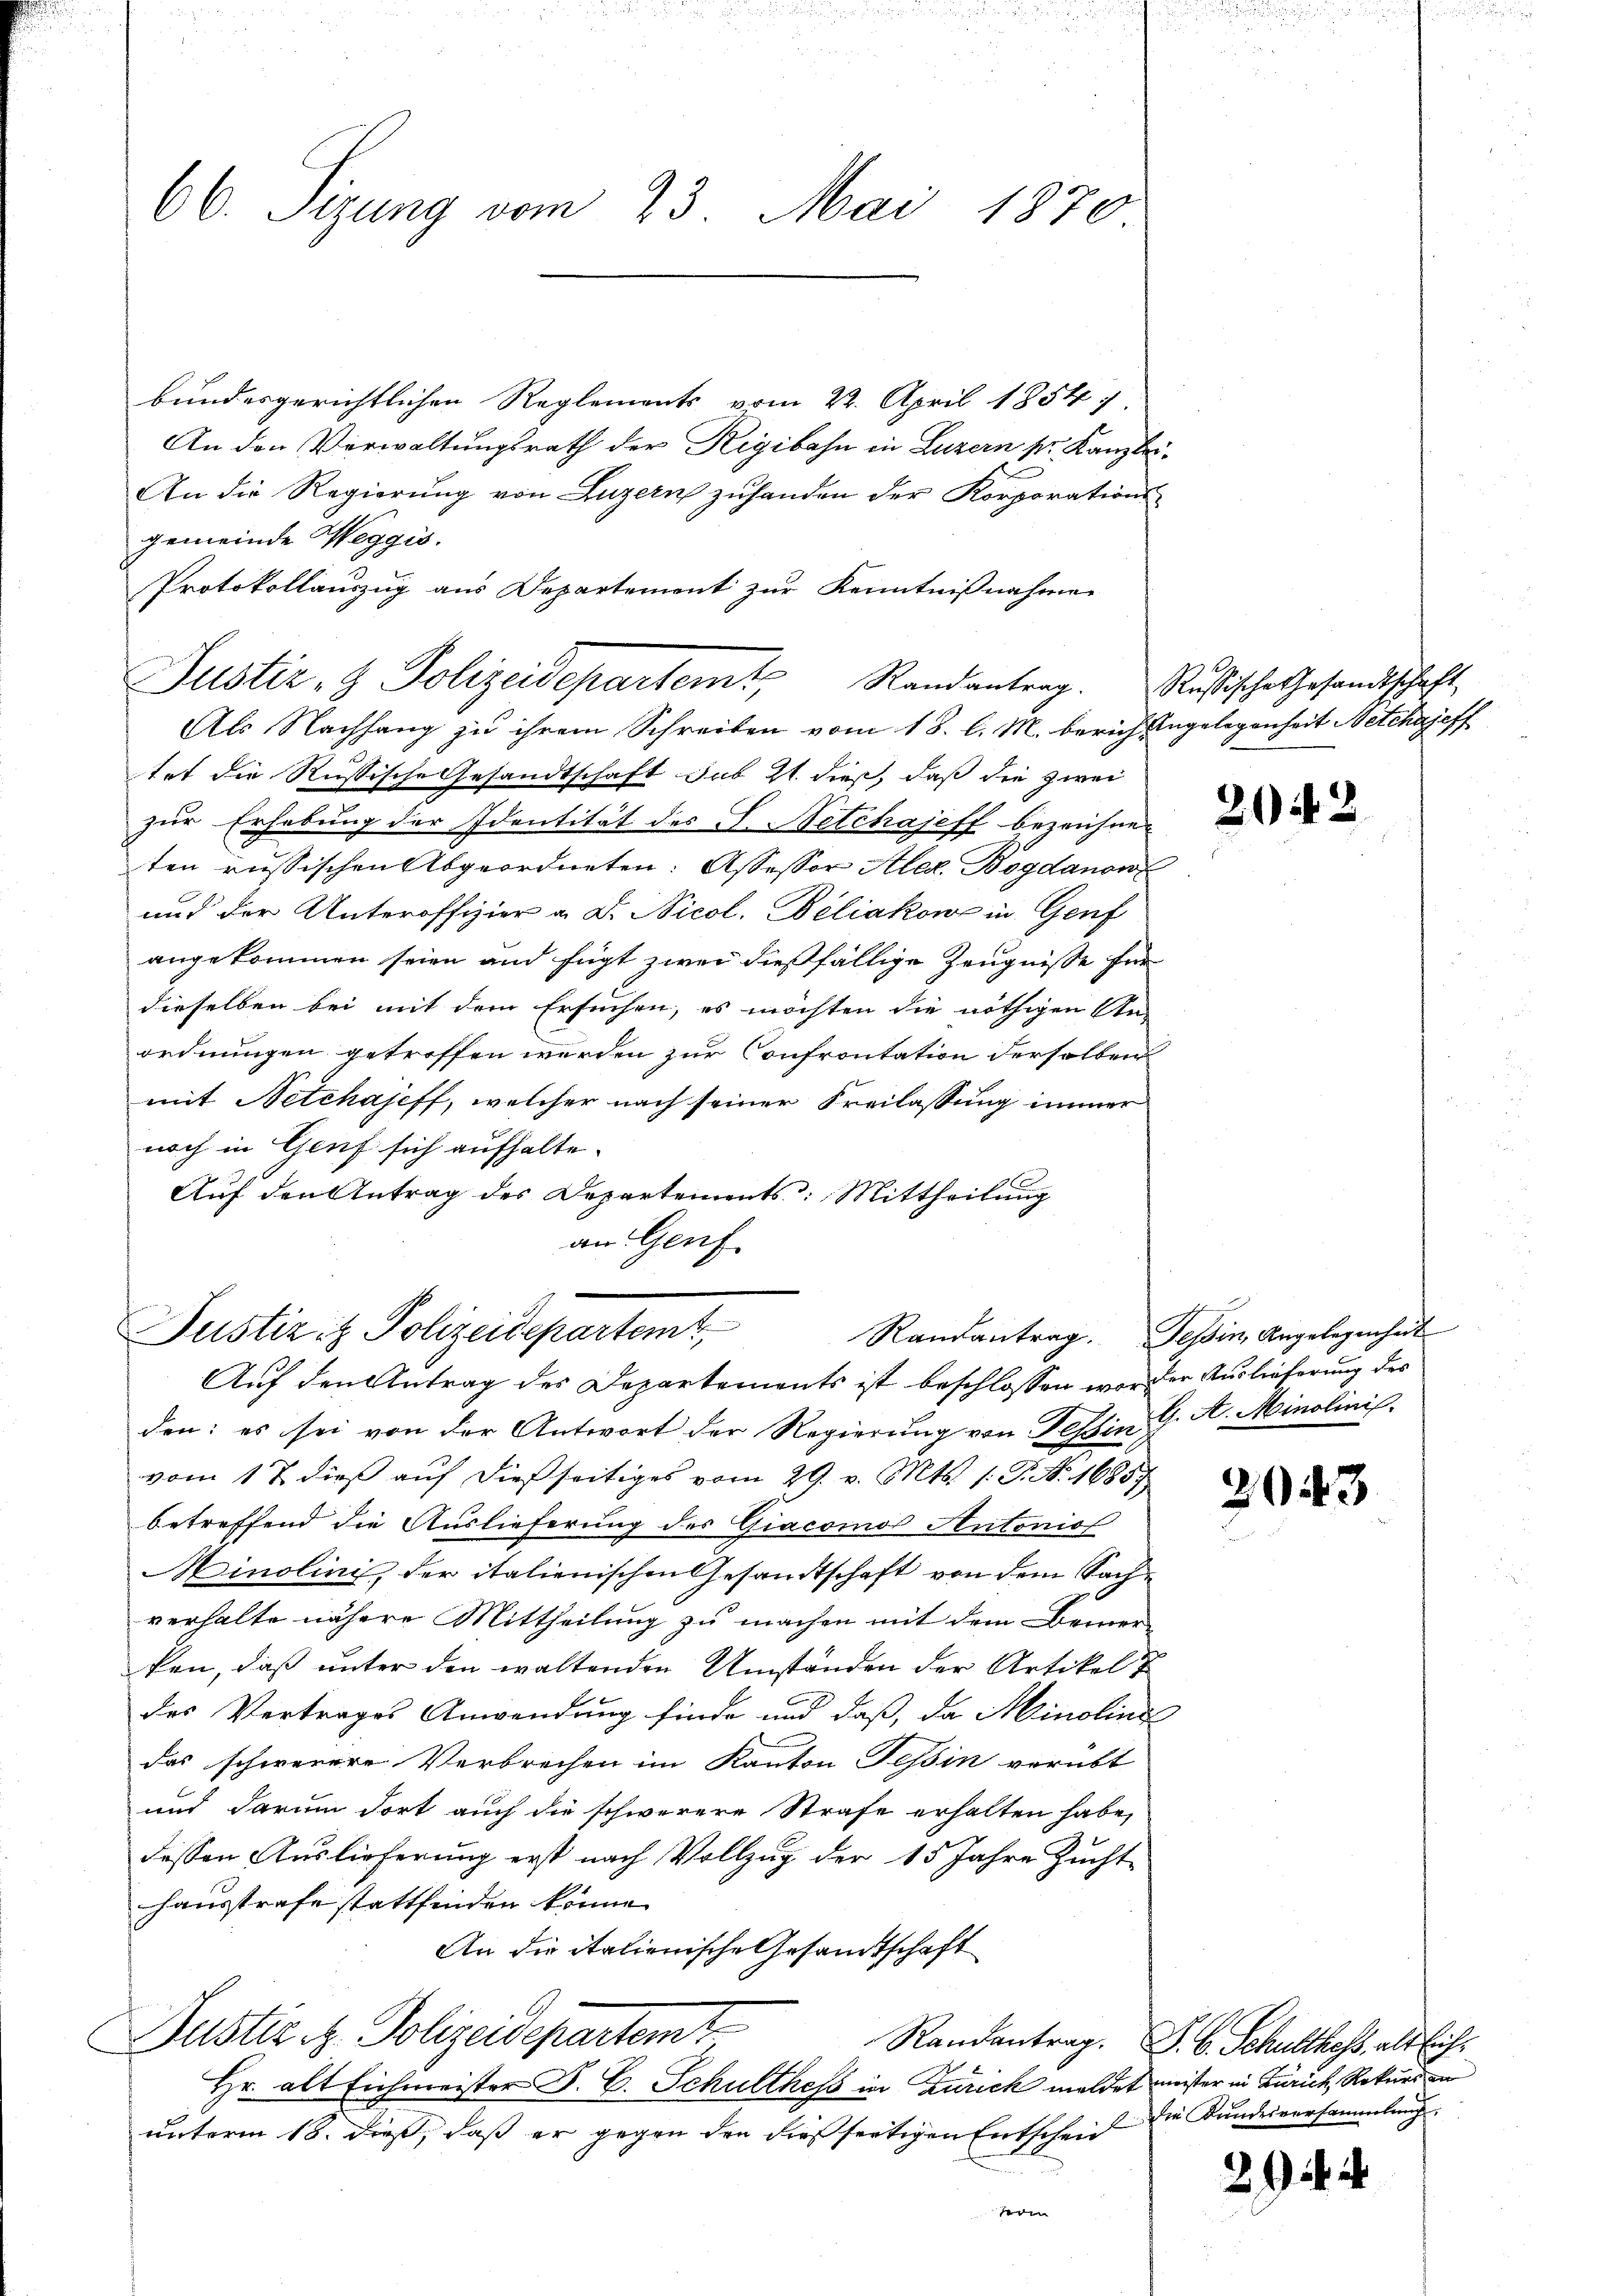
66. Sizung vom 23. Mai 1870

bundesgerichtlichen Reglements vom 22. April 1854
An den Verwaltungsrath der Rigibahn in Luzern pr. Kanzlei¬
An die Regierung von Luzern zuhanden der Korporations-
gemeinde Weggis.
Protokollauszug aus Departement zur Kenntnißnahmen
tet die Russische Gesandtschaft sub 21. dieß, daß die zwei
zur Erhebung der Identität des J. Netchajeff bezeichneten russischen Abgeordneten: Assessor Aler. Bogdanow
und der Unteroffizier a. Dr. Nicol. Deliakow in Genf
angekommen seien und fügt zwei dießfällige Zeugnisse für
dieselben bei mit dem Ersuchen, es möchten die nöthigen An-
ordnungen getroffen werden zur Confrontation derselben
mit Netchajeff, welcher nach seiner Freilassung immer
noch in Genf sich aufhalte.
Auf den Antrag des Departements: Mittheilung
an Genf.

Justiz- & Polizeidepartemt, Randantrag. Rußische Gesandtschaft
Als Nachhang zu ihrem Schreiben vom 18. l. M. berich Angelegenheit Netchajeff

Justizit Polizeidepartemt
Randantrag.
Auf den Antrag des Departements ist beschlossen worden Auslieferung der

den: es sei von der Antwort der Regierung von Tessin, G. A. Minolinis
vom 17 dieß auf dießseitiges vom 29. v. Mts. 1. J. N. 16859
betreffend die Auslieferung des Giacoinos Autonio
Minolini, der italienischen Gesandtschaft von dem Sachverhalte nähere Mittheilung zu machen mit dem Bemer-
ken, daß unter den waltenden Umständen der Artikel T
des Vertrages Anwendung finde und daß, da inolini
das schwerere Verbrechen im Kanton Tessin verübt
und darum dort auch die schwerere Strafe erhalten habe,
dessen Auslieferung erst nach Vollzug der 15 Jahre Zucht
haustrafe stattfinden könne.
An die italienische Gesandtschaft
Dustiz & Polizeidepartemt
Randantrag. P. C. Schulthess, als Eich¬
Hr. alt Eichmeister P. C. Schulthess in Zürich meldet meister in Zürich, Rekurs an
unterm 18. dieß, daß er gegen den dieß fertigen Entscheid
eden

2042

Tessin, Angelegenheit

243

die Bundesversammlung,

26.